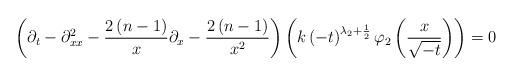
LaTeX: \begin{align*}\left(\partial_{t}-\partial_{xx}^{2}-\frac{2\left(n-1\right)}{x}\partial_{x}-\frac{2\left(n-1\right)}{x^{2}}\right)\left(k\left(-t\right)^{\lambda_{2}+\frac{1}{2}}\varphi_{2}\left(\frac{x}{\sqrt{-t}}\right)\right)=0\end{align*}